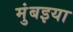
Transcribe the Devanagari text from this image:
मुंबइया